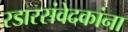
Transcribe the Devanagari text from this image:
रडारसंवेदकांना